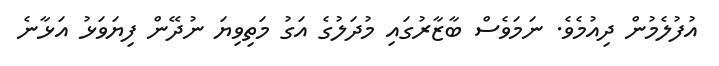
އުފުލެމުން ދިއުމެވެ. ނަމަވެސް ބާޒާރުގައި މުދަލުގެ އަގު މަތިވިޔަ ނުދޭން ފިޔަވަޅު އަޅާނެ